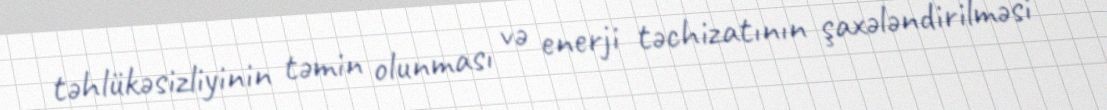
təhlükəsizliyinin təmin olunması və enerji təchizatının şaxələndirilməsi